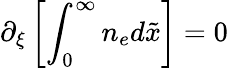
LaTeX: \partial_{\xi}\left[\int_{0}^{\infty}n_{e}d\tilde{x}\right]=0